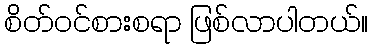
စိတ်ဝင်စားစရာ ဖြစ်လာပါတယ်။